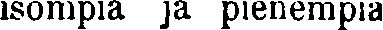
isompia ja pienempiä